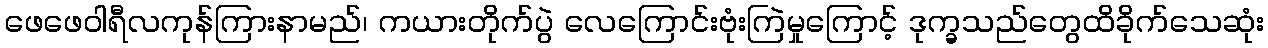
ဖေဖေဝါရီလကုန်ကြားနာမည်၊ ကယားတိုက်ပွဲ လေကြောင်းဗုံးကြဲမှုကြောင့် ဒုက္ခသည်တွေထိခိုက်သေဆုံး